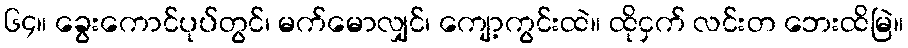
၆၄။ ခွေးကောင်ပုပ်တွင်၊ မက်မောလျှင်၊ ကျော့ကွင်းထဲ။ ထိုငှက် လင်းတ ဘေးထိမြဲ။